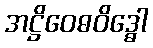
အဋ္ဌိဝေဓဝိဒ္ဓေါ